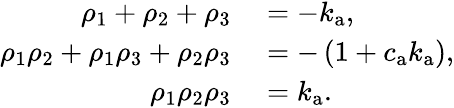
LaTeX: \begin{array}{rl}{\rho_{1}+\rho_{2}+\rho_{3}}&{{}=-k_{\mathrm{a}},}\\ {\rho_{1}\rho_{2}+\rho_{1}\rho_{3}+\rho_{2}\rho_{3}}&{{}=-\left(1+c_{\mathrm{a}}k_{\mathrm{a}}\right),}\\ {\rho_{1}\rho_{2}\rho_{3}}&{{}=k_{\mathrm{a}}.}\end{array}